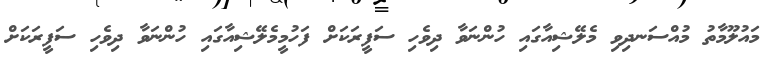
މައުލޫމާތު މުއްސަނދިވި މެލޭޝިއާގައި ހުންނަވާ ދިވެހި ސަފީރަކަށް ފަހުމީމެލޭޝިއާގައި ހުންނަވާ ދިވެހި ސަފީރަކަށް